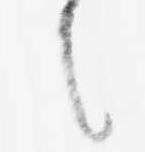
之